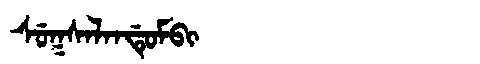
Manchu: ᠰᡠᡴᠰᠠᠯᠠᠨᡩᡠᠮᠪᡳ
Romanization: SUKSALANDUMBI